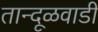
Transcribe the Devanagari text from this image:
तान्दूळवाडी